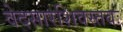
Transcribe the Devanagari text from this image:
वेदसारशिवस्तवः